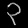
Digit: ၃